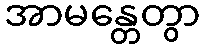
အာမန္တေတွာ